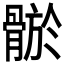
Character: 𩩦